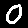
Digit: 0